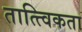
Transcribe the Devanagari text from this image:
तात्त्विकता